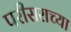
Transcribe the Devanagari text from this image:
परीसराच्या